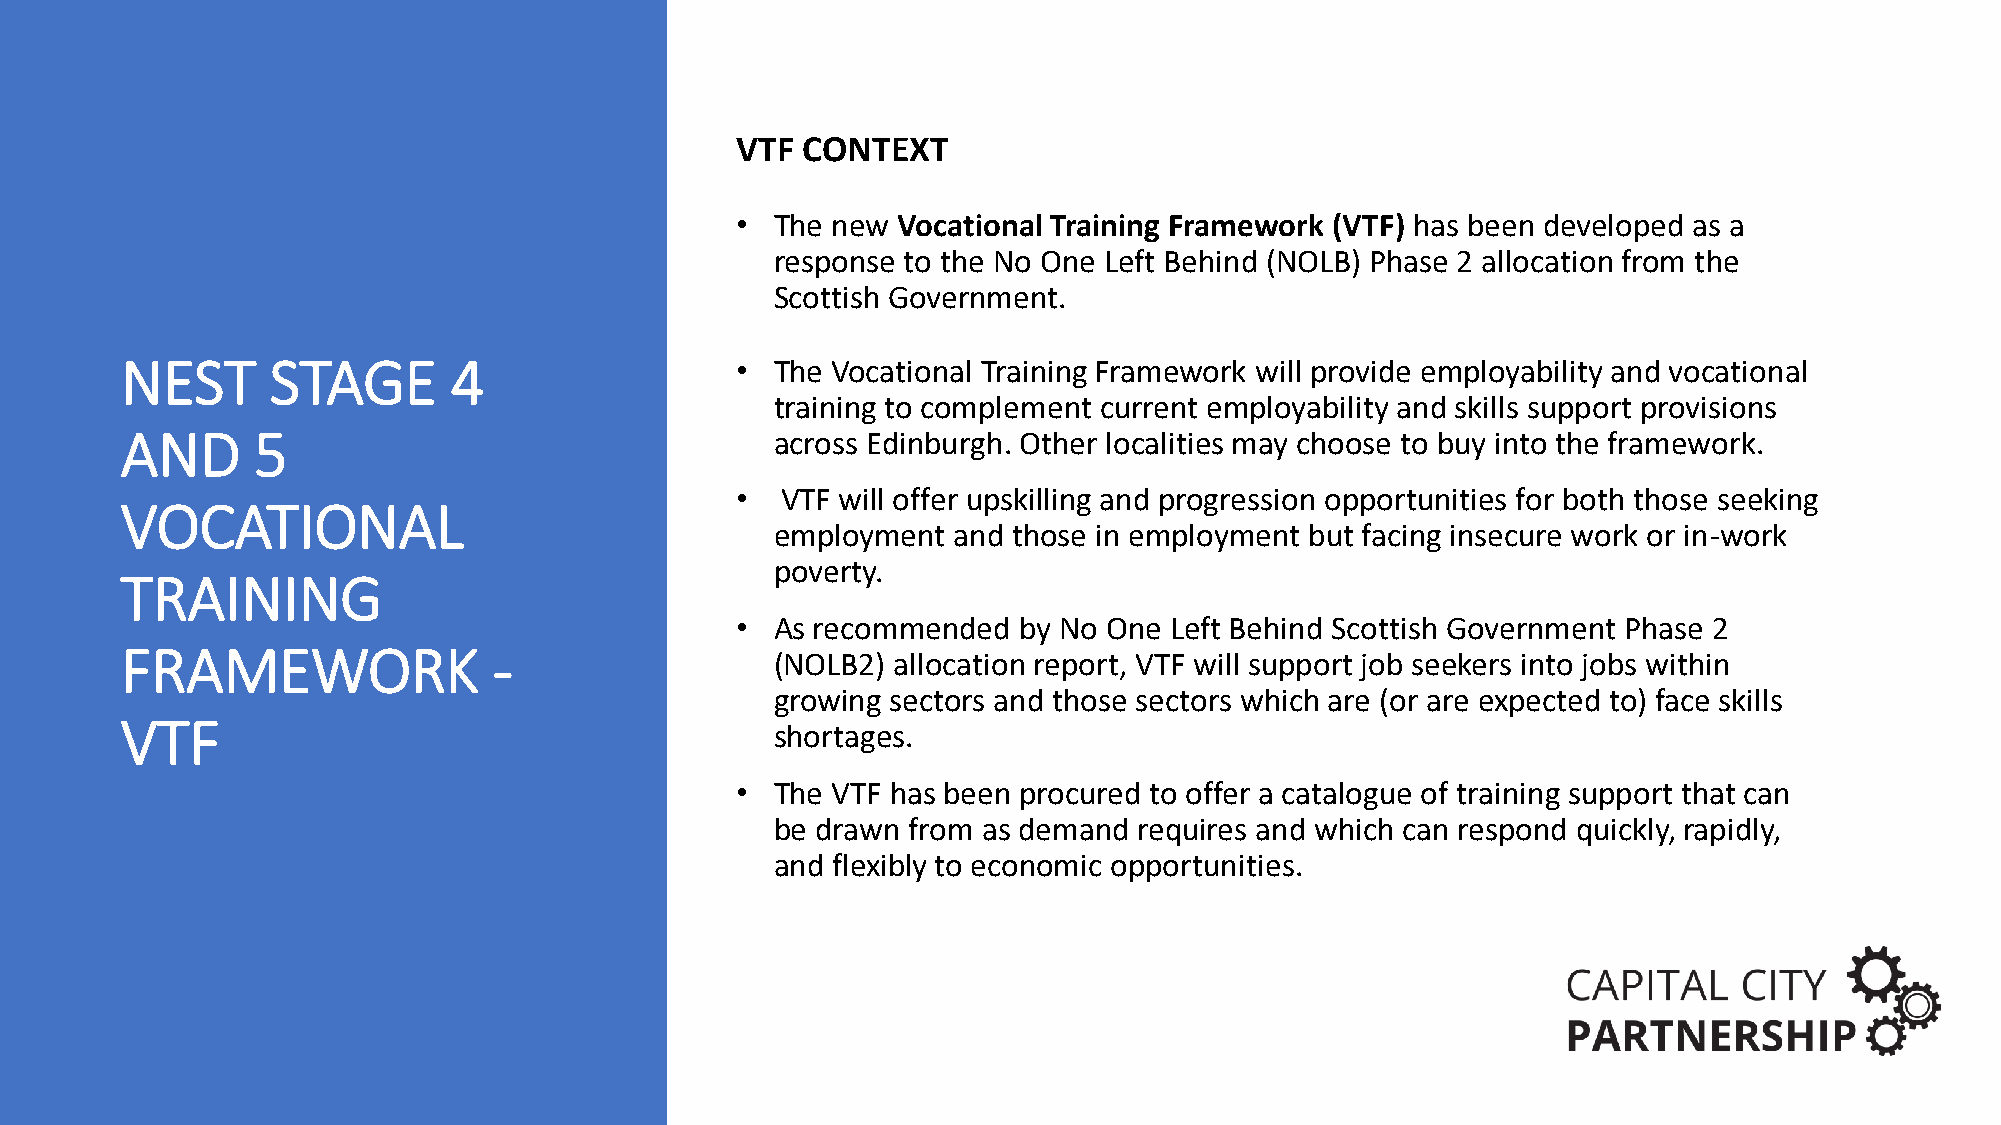
VTF CONTEXT
 • The new Vocational Training Framework (VTF) has been developed as a
 response to the No One Left Behind (NOLB) Phase 2 allocation from the
 Scottish Government.
 NEST      STAGE       4                  • The Vocational Training Framework will provide employability and vocational
 training to complement current employability and skills support provisions
 AND      5                                 across Edinburgh. Other localities may choose to buy into the framework.
 •  VTF will offer upskilling and progression opportunities for both those seeking
 VOCATIONAL
 employment  and those in employment but facing insecure work or in-work
 poverty.
 TRAINING
 • As recommended  by No One Left Behind Scottish Government Phase 2
 FRAMEWORK                -
 (NOLB2) allocation report, VTF will support job seekers into jobs within
 growing sectors and those sectors which are (or are expected to) face skills
 VTF
 shortages.
 • The VTF has been procured to offer a catalogue of training support that can
 be drawn from as demand requires and which can respond quickly, rapidly,
 and flexibly to economic opportunities.